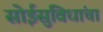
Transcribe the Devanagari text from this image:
सोईसुविधांचा